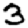
Digit: 3